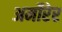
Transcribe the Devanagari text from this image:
अर्मोरेर